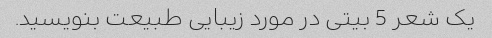
یک شعر 5 بیتی در مورد زیبایی طبیعت بنویسید.